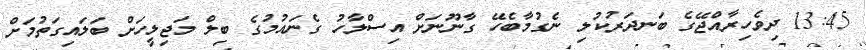
13:45 ދިވެހިރާއްޖޭގެ ބަނދަރުކުލި ނެގުމާބެހޭ ގާނޫނަށް އިސްލާހު ގެނައުމުގެ ބިލް މަޖިލީހަށް ބަލައިގަތުމަށް